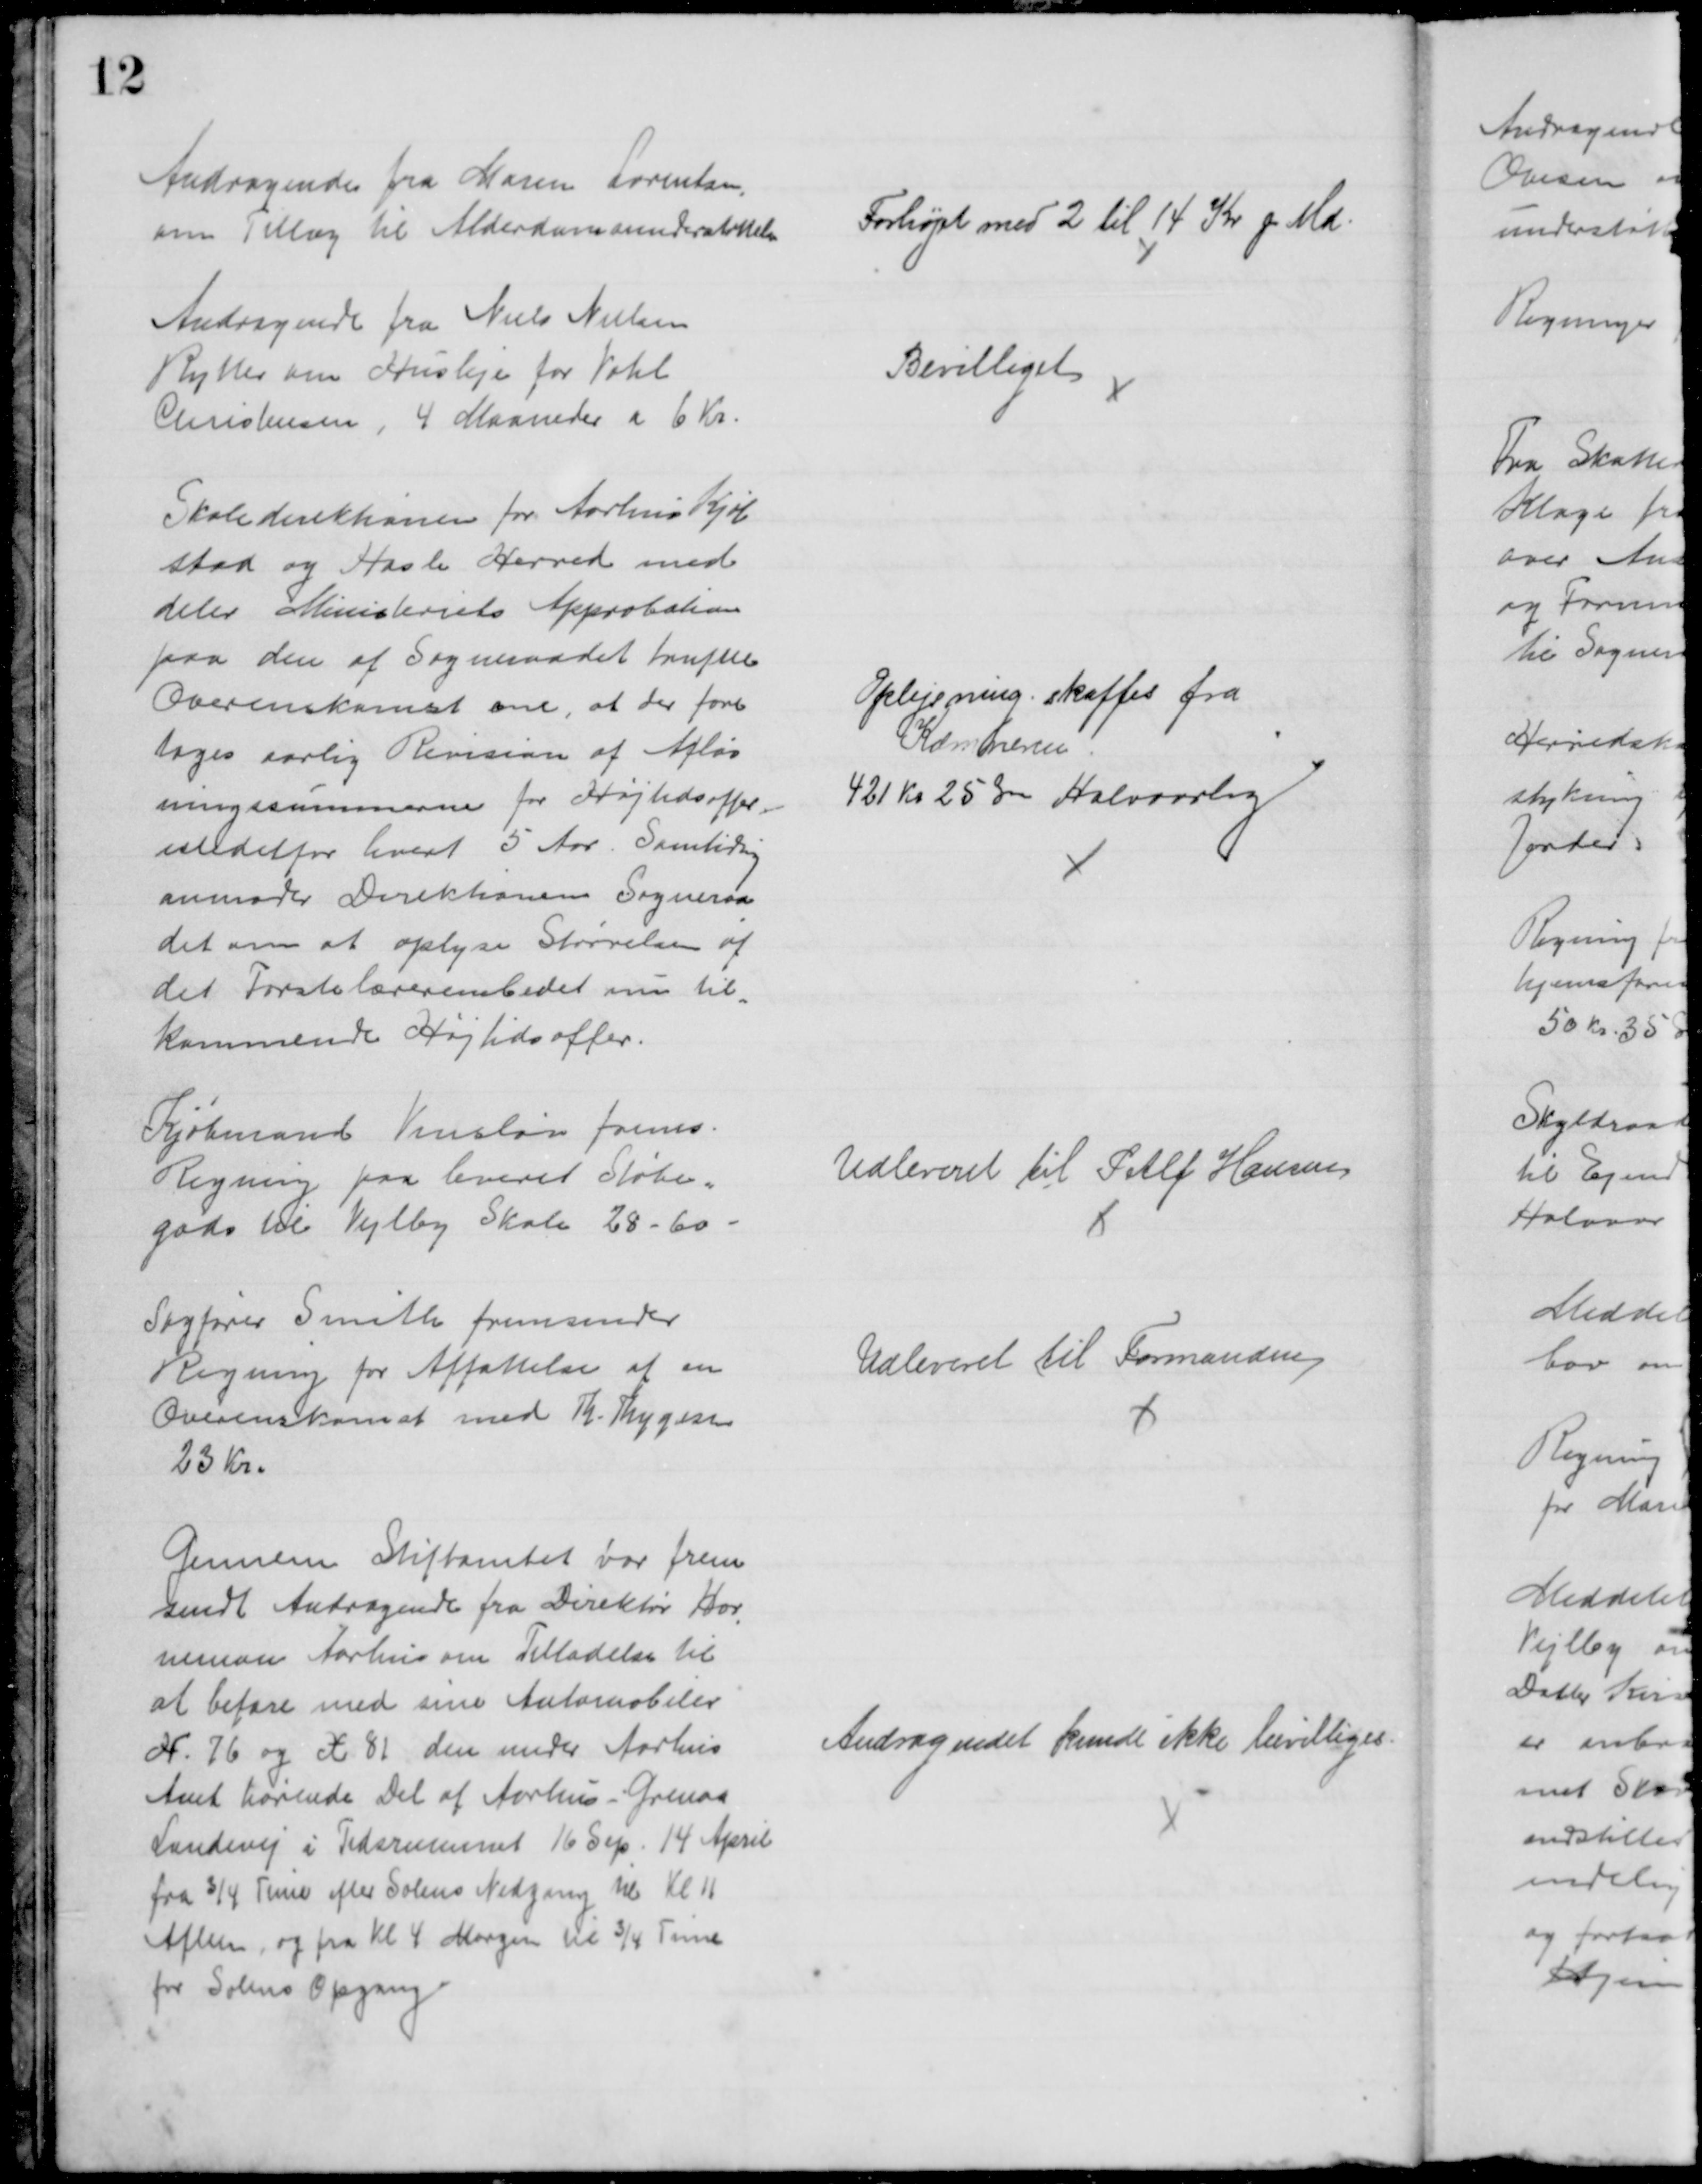
Transskription:
Andragende fra Maren Lorentzen,
om Tillæg til Alderdomsunderstøttelse
Forhøjet med 2 til 14 Kr pr Md.
Andragende fra Niels Nielsen
Rytter om Husleje for Vahl
Christensen, 4 Maaneder a 6 Kr.
Bevilliget
Skoledirektionen for Aarhus Kjøb
stad og Hasle Herred med-
deler Ministeriets Approbation
paa den af Sogneraadet trufne
Overenskomst om, at der fore
tages aarlig Revision af Afløs
ningssummerne for Højtidsoffer
istedetfor hvert 5 Aar. Samtidig
anmoder Direktionen Sogneraa
det om at oplyse Størrelsen af
det Førstelærerembedet nu til-
kommende Højtidsoffer.
Oplysning skaffes fra
Kæmneren
421 Kr 25 Øre Halvaarlig
Kjøbmand Vinsløv frems.
Regning paa leveret Støbe-
gods til Vejlby Skole 28 - 60
Udleveret til P. Alf Hansen
Sagfører Smith fremsender
Regning for Affattelse af en 
Overenskomst med Th. Thygesen
23 Kr.
Udleveret til Formanden
Gennem Stiftamtet var frem
sendt Andragende fra Direktør Hor
-
neman Aarhus om Tilladelse til
at befare med sine Automobiler
X. 76 og X 81 den under Aarhus
Amt hørende Del af Aarhus - Grenaa
Landevej i Tidsrummet 16 Sep. 14 April
fra 3/4 Time efter Solens Nedgang til Kl 11
Aften, og fra Kl 4 Morgen til 3/4 Time
før Solens Opgang
Andragendet kunde ikke bevilliges.